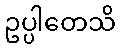
ဥပ္ပါတေသိ